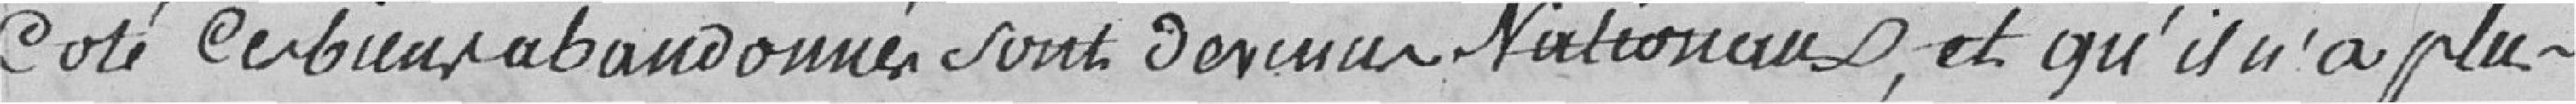
côté ces biens abandonnées sont devenus Nationaux, et qu'il n'a plus